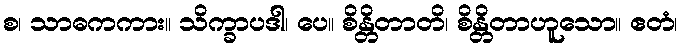
စ၊ သာဓကကား။ သိက္ခာပဒါ၊ ပေ။ စိန္တိတာတိ၊ စိန္တိတာဟူသော။ ဧတံ၊